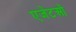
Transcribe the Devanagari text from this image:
एजेंटओं